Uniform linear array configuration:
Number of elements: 24
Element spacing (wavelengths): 0.25
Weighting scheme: blackman
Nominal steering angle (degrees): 0
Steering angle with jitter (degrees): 0.5529
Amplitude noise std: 0.05
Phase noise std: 0.05

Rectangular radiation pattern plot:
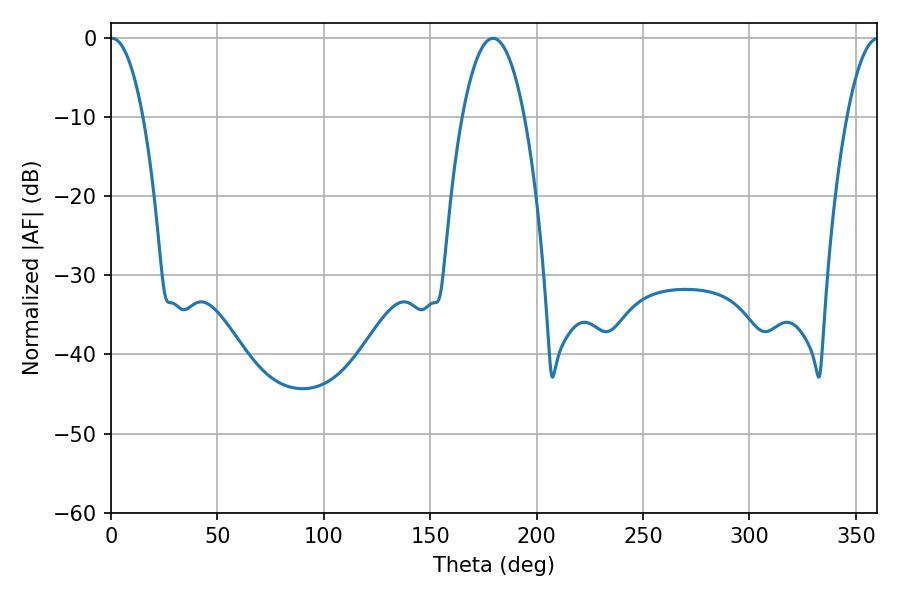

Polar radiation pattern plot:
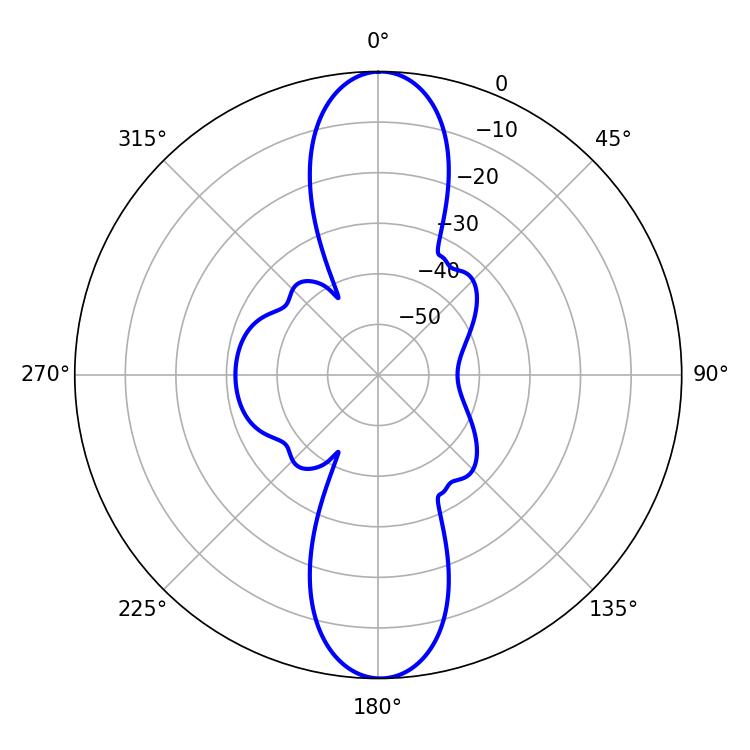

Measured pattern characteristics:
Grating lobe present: FALSE
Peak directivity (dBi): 26.927
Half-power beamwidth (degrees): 8.64
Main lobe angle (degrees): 0.54